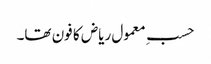
حسبِ معمول ریاض کا فون تھا۔